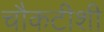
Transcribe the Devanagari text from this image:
चौकटीशी